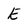
Character: E